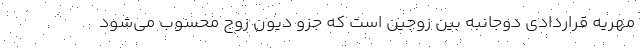
مهریه قراردادی دوجانبه بین زوجین است که جزو دیون زوج محسوب می‌شود